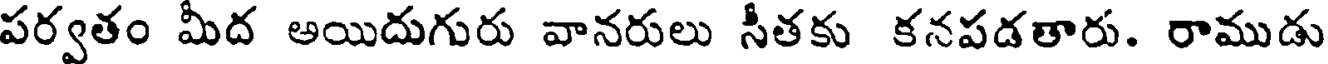
పర్వతం మీద అయిదుగురు వానరులు సీతకు కనపడతారు. రాముడు